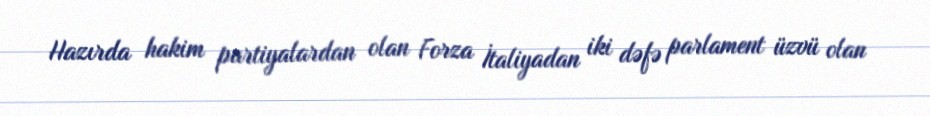
Hazırda hakim partiyalardan olan Forza İtaliyadan iki dəfə parlament üzvü olan